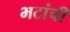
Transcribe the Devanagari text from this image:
भटांची